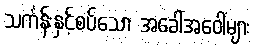
သင်္ကန်းနှင့်စပ်သော အခေါ်အဝေါ်များ